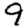
Digit: 9